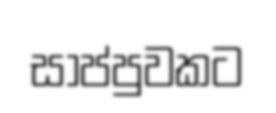
සාප්පුවකට